Civil Veterinary Department. United Provinces 1932-42 - 1932-1942
Year: 1932
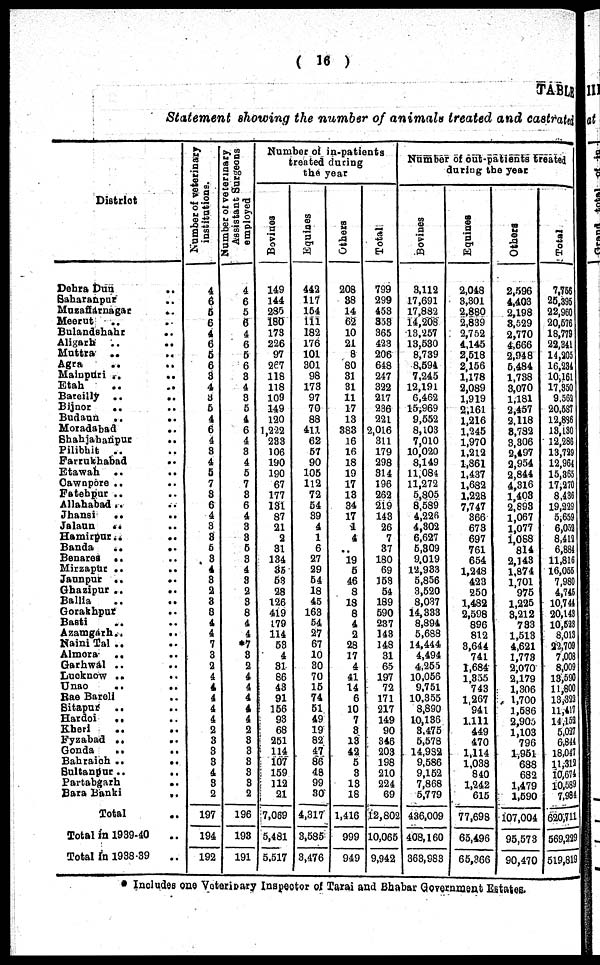
( 16 )
TABLE
Statement showing the number of animals treated and castrated
District
Dehra Dun ..
Saharanpur ..
Muzaffarnagar ..
Meerut .. ..
Bulandshahr ..
Aligarh .. ..
Muttra
.. ..
Agra .. ..
Mainpuri .. ..
Etah .. ..
Bareilly .. ..
Bijnor
.. ..
Budaun
.. ..
Moradabad .. ..
Shahajahanpur ..
Pilibhit
.. ..
Farrukhabad ..
Etawab .. ..
Cawnpore .. ..
Fatehpur .. ..
Allahabad .. ..
Jhansi
.. ..
Jalaun .. ..
Hamirpur .. ..
Banda
.. ..
Benares .. ..
Mirzapur .. ..
Jaunpur .. ..
Ghazipur .. ..
Ballia .. ..
Gorakhpur ..
Basti .. ..
Azamgarh .. ..
Naini Tal .. ..
Almora
.. ..
Garhwal .. ..
Lucknow .. ..
Unao
.. ..
Rae Bareli ..
Sitapur
.. ..
Hardoi
.. ..
Kheri .. ..
Fyzabad .. ..
Gonda
.. ..
Bahraich .. ..
Sultanpur .. ..
Partabgarh ..
Bara Banki ..
Total ..
Total in 1939-40 ..
Total in 1938-39 ..
Number of veterinary
institutions.
4
6
5
6
4
6
5
6
3
4
3 5
4
6
4
3
4
5
7
3
6
4
3
8
6
3
4
3
2
3
8
4
4
7
3
2
4
4
4
4
4
2
3
3
3
4
3
2
197
194
192
Number of veterinary
Assistant Surgeons
employed
4
6
5
6
4
6
5
6
3
4
3
5
4
6
4
3
4
5
7
3
6
4
3
3
5
3
4
3
2
3
8
4
4
*7
3
2
4
4
4
4
4
2
3
3
3
3
3
2
196
198
191
Number of in-patients
treated during
the year
Bovines
149
144
280
180
173
226
97
267
118
118
109
149
120
1,222
233
106
190
190
67
177
131
87
21
2
31
134
35
53
28
126
419
179
114
53
4
31
86
43
91
156
93
68
251
114
107
159
112
21
7,069
5,481
5.517
Equines
442
117
154
111
182
176
101
301
98
173
97
70
88
411
62
57
90
105
112
72
54
89
4
1
6
27
29
54
18
45
163
54
27
67
10
30
70
15
74
51
49
19
82
47
86
48
99
30
4,317
3,535
3,476
Others
208
38
14
62
10
21
8
80
31
31
11
17
13
383
16
16
18
19
17
13
34
17
1
4
..
19
5
46
8
18
8
4
2
28
17
4
41
14
6
10
7
3
13
42
5
3
13
18
1,416
999
949
Total
799
299
453
353
365
423
206
648
247
322
217
236
221
2,016
311
179
298
314
196
262
219
143
26
7
37
180
69
153
54
189
590
237
143
148
31
65
197
72
171
217
149
90
346
203
198
210
224
69
12,802
10,065
9,942
Number of out-patients treated
during the year
Bovines
3,112
17,691
17,882
14,208
13,257
13,530
8,739
8,594
7,245
12,191
6,462
15,969
9,552
8,103
7,010
10,020
8,149
11,084
11,272
5,805
8,589
4,226
4,302
6,627
5,309
9,019
12,933
5,856
3,520
8,037
14,333
8,894
5,688
14,444
4,494
4,255
10,056
9,751
10,355
8,890
10,136
3,475
5,578
14,982
9,586
9,152
7,868
5,779
436,009
408,160
363,983
Equines
2,048
3,301
2,880
2,839
2,752
4,145
2,518
2.156
1,178
2,089
1,919
2,161
1,216
1,245
1,970
1,212
1,861
1,437
1,682
1,228
7,747
366
673
697
761
654
1,248
423
250
1,482
2,598
896
812
3,644
741
1,684
1,355
743
1,267
941
1.111
449
470
1,114
1,038
840
1,242
615
77,698
65,496
65,366
Others
2,596
4,403
2,198
3,529
2,770
4,666
2,948
5,484
1.738
3,070
1,181
2,457
2.118
8,732
3,306
2,497
2,954
2,844
4,316
1,403
2,893
1,067
1,077
i,088
814
2,143
1,874
1,701
975
1,225
3,212
783
1,513
4,621
1,773
2,070
2,179
1,306
1,700
1,586
2,906
1,103
796
1,951
638
682
1,479
1,590
107,004
95,573
90,470
Total
7,756
25,395
22,960
20,676
18,779
22,341
14,205
16.234
10,161
17,850
9.561
20,537
12,886
13,130
12,286
13,729
12,964
15,365
17,270
8,436
19,229
5,659
6,052
8,412
6,884
11,816
16,055
7,980
4,745
10,744
20,143
10,523
8,013
22,703
7,003
8,009
13,590
11,800
13,322
11,417
14,152
5,037
6,841
18,047
11,312
10,674
10,589
7,984
620,711
569,229
519,819
*Includes one Veterinary Inspector of Tarai and Bhabar Government Estates.